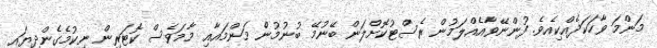
މަންމަ ވާހަކަދެއްކިއެވެ. ފުންނޭވާއެއްލަމުން ރެސްޓުކޮށްލަން ބޭނުމޭ ބުނުމުނެް މަންމައާއި މާމަވެސް ކޮޓަރިން ނިކުމެގެންދިޔައީ